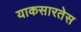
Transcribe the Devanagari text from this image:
याकसारतेस